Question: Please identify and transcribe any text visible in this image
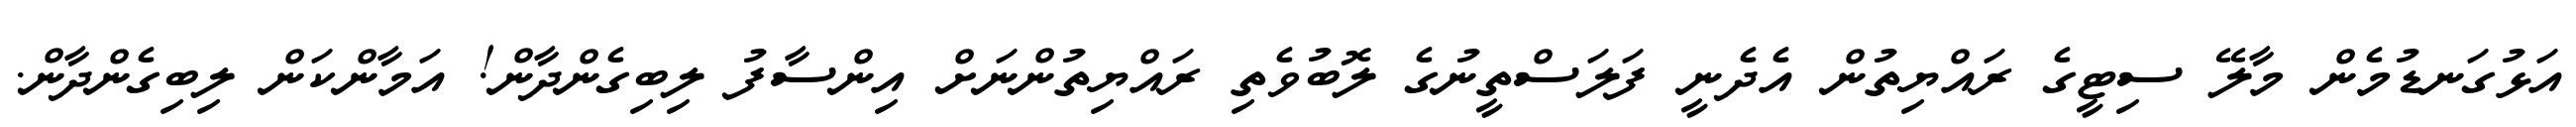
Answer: އަޅުގަނޑުމެން މާލޭ ސިޓީގެ ރައްޔިތުން އެދެނީ ފަލަސްތީނުގެ ލޮބުވެތި ރައްޔިތުންނަށް އިންސާފު ލިބިގެންދާން! އަމާންކަން ލިބިގެންދާން.